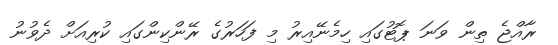
ރާއްޖެ ތިން ވަނަ ޕޮޓުގައި ހިމެނޭއިރު މި ފަހަރުގެ ރޭންކިންގައި ކުރިއަށް ދެވުނު